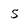
Character: 5